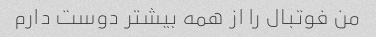
من فوتبال را از همه بیشتر دوست دارم